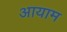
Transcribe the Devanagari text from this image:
अायाम